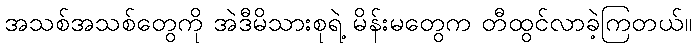
အသစ်အသစ်တွေကို အဲဒီမိသားစုရဲ့ မိန်းမတွေက တီထွင်လာခဲ့ကြတယ်။